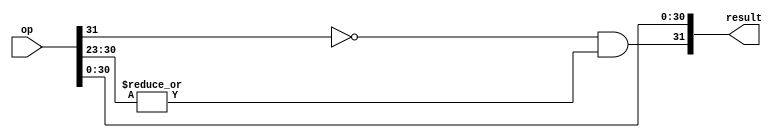
module fneg(
    input wire [31:0] op,
    output wire [31:0] result
);

assign result[31] = (~op[31] & |op[30:23]);
assign result[30:0] = op[30:0];

endmodule